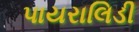
પાયરાલિડી